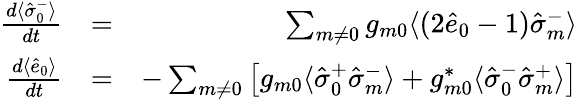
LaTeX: \begin{array}{rlr}{\frac{d\langle\hat{\sigma}_{0}^{-}\rangle}{dt}}&{=}&{\sum_{m\neq 0}g_{m0}\langle(2\hat{e}_{0}-1)\hat{\sigma}_{m}^{-}\rangle}\\ {\frac{d\langle\hat{e}_{0}\rangle}{dt}}&{=}&{-\sum_{m\neq 0}\left[g_{m0}\langle\hat{\sigma}_{0}^{+}\hat{\sigma}_{m}^{-}\rangle+g_{m0}^{*}\langle\hat{\sigma}_{0}^{-}\hat{\sigma}_{m}^{+}\rangle\right]}\end{array}